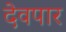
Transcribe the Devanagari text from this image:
देवपार